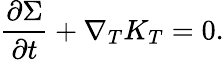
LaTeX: \frac{\partial\Sigma}{\partial t}+\nabla_{T}K_{T}=0.